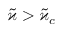
\tilde { \varkappa } > \tilde { \varkappa } _ { c }